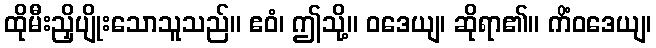
ထိုမီးညှိပျိုးသောသူသည်။ ဧဝံ၊ ဤသို့။ ဝဒေယျ၊ ဆိုရာ၏။ ကိံဝဒေယျ၊